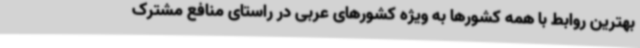
بهترین روابط با همه کشورها به ویژه کشورهای عربی در راستای منافع مشترک